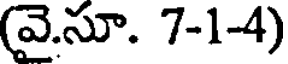
(వై.సూ. 7-1-4)